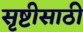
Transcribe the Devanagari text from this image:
सृष्टीसाठी